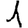
Digit: 1